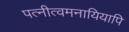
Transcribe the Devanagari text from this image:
पत्नीत्वमनायियापि